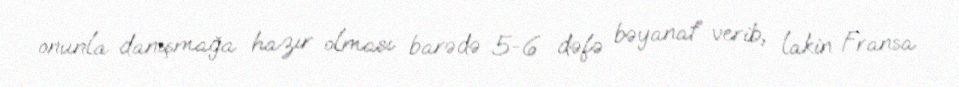
onunla danışmağa hazır olması barədə 5-6 dəfə bəyanat” verib, lakin Fransa